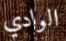
الوادي